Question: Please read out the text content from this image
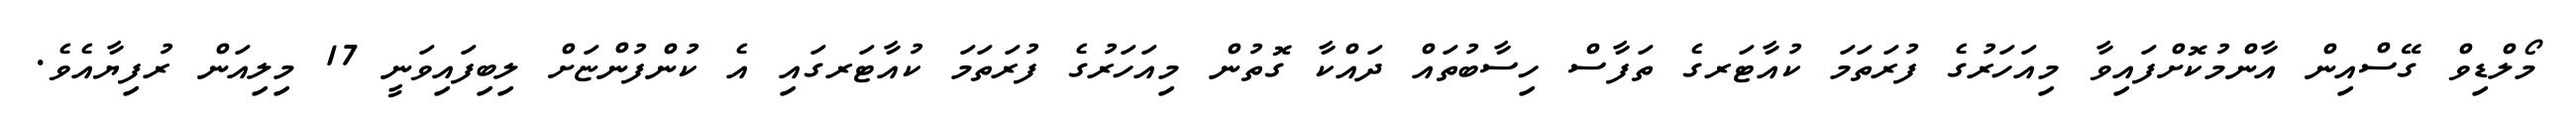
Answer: މޯލްޑިވް ގޭސްއިން އާންމުކޮށްފައިވާ މިއަހަރުގެ ފުރަތަމަ ކުއާޓަރގެ ތަފާސް ހިސާބުތައް ދައްކާ ގޮތުން މިއަހަރުގެ ފުރަތަމަ ކުއާޓަރގައި އެ ކުންފުންޏަށް ލިބިފައިވަނީ 17 މިލިއަން ރުފިޔާއެވެ.